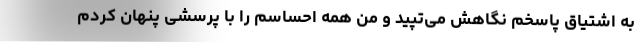
به اشتیاق پاسخم نگاهش می‌تپید و من همه احساسم را با پرسشی پنهان کردم